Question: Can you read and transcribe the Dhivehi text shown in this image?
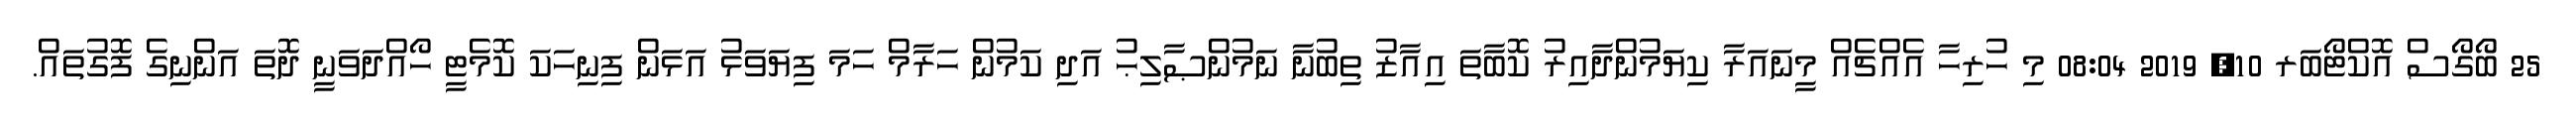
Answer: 25 ބޯގޯސް އޮކްޓޯބަރ 10, 2019 08:04 މި ހުރިހާ އެއްޗެއް މީނައަރާ ކިޔަމުންދާއިރު ކޮބާތަ އިއާޒު ތިބުނާ ނަމުންޞާލިޙު އަދި ކަމުން ހަރާމް ހަމަ ފިޔަވަޅު އަޅަން ފިނިހަކަ ކޮމެޓީ ހޯއްދަވަނީ ދޮތަ އަންނިގެ ފޮގުތައް.